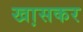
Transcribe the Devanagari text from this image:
खा़सकर